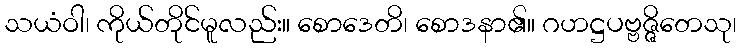
သယံဝါ၊ ကိုယ်တိုင်မူလည်း။ စောဒေတိ၊ စောဒနာ၏။ ဂဟဋ္ဌပဗ္ဗဇ္ဇိတေသု၊